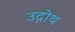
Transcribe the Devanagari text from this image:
उद्गोथ